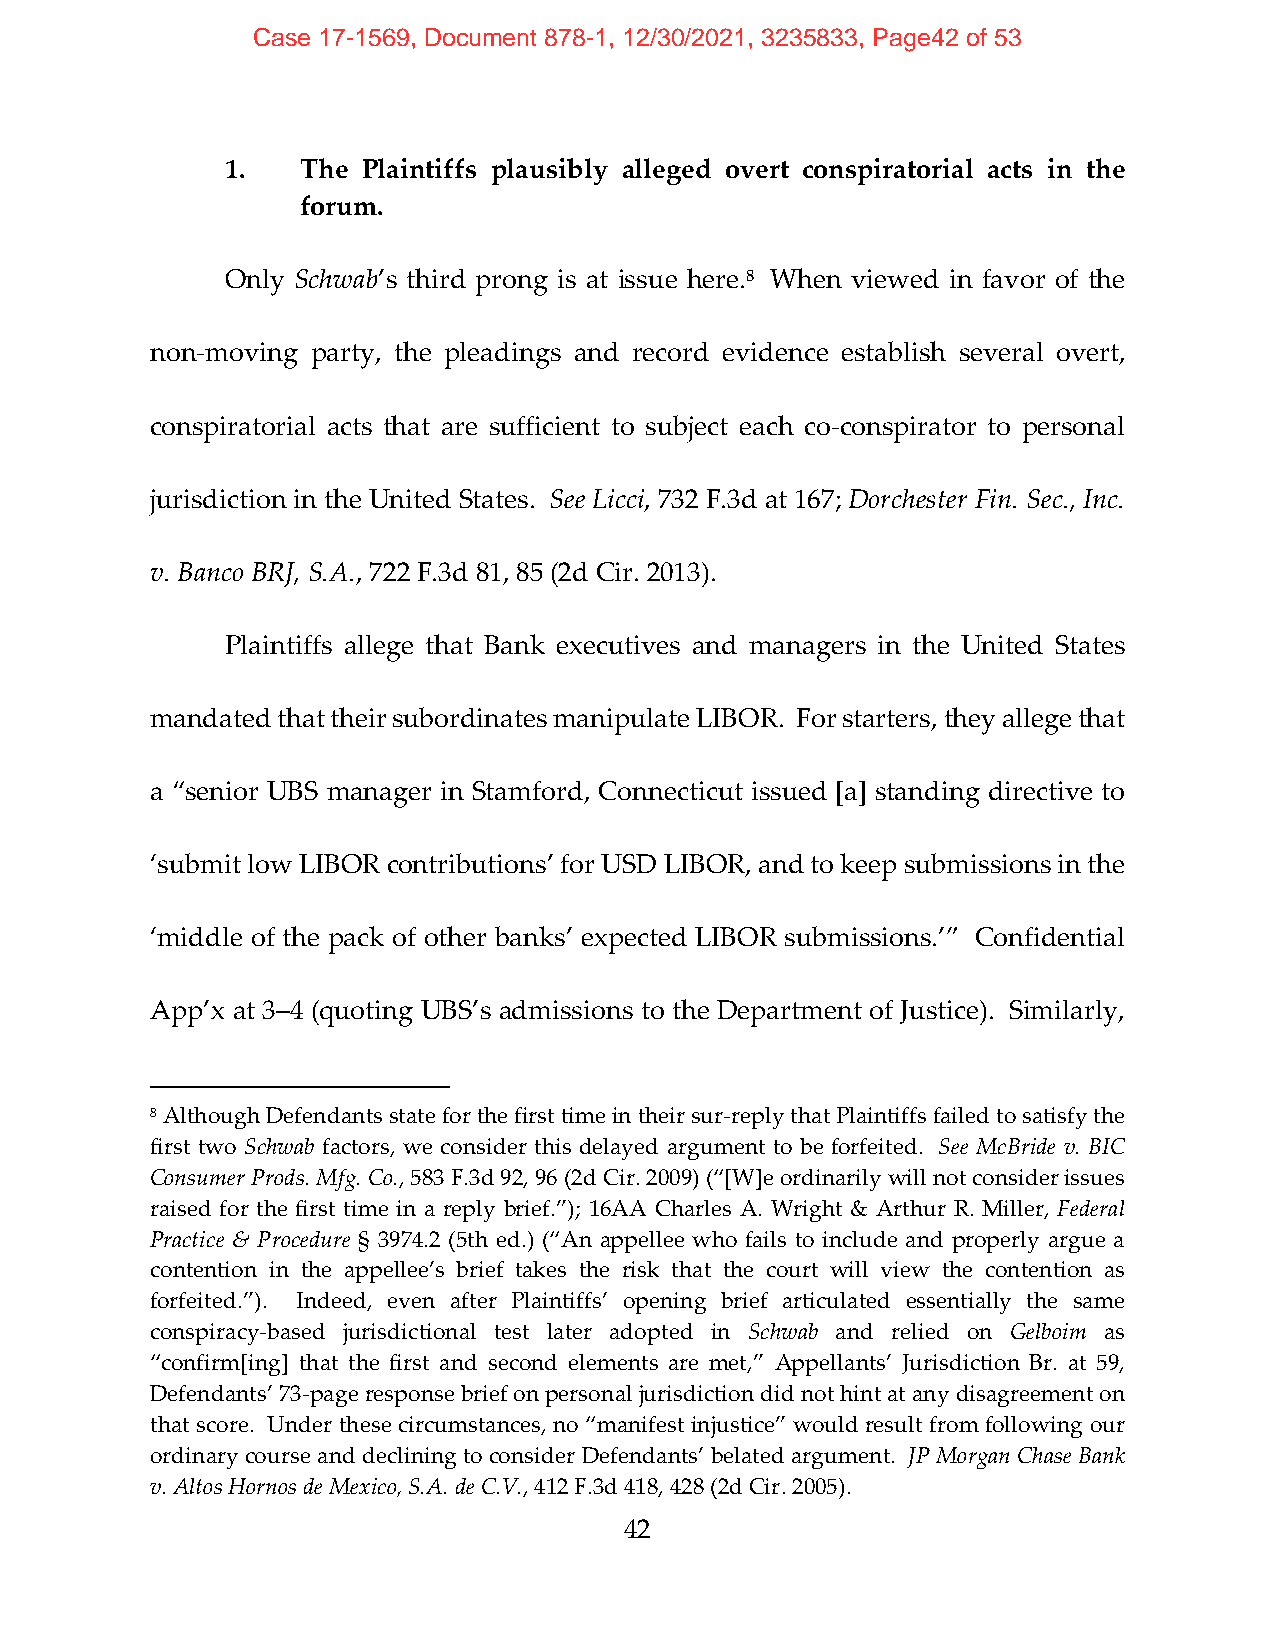
Case 17-1569, Document 878-1, 12/30/2021, 3235833, Page42 of 53
 1.   The Plaintiffs plausibly alleged overt conspiratorial acts in the
 forum.
 Only Schwab’s third prong is at issue here.8 When viewed in favor of the
 non‐moving party, the pleadings and record evidence establish several overt,
 conspiratorial acts that are sufficient to subject each co‐conspirator to personal
 jurisdiction in the United States. See Licci, 732 F.3d at 167; Dorchester Fin. Sec., Inc.
 v. Banco BRJ, S.A., 722 F.3d 81, 85 (2d Cir. 2013).
 Plaintiffs allege that Bank executives and managers in the United States
 mandated that their subordinates manipulate LIBOR. For starters, they allege that
 a “senior UBS manager in Stamford, Connecticut issued [a] standing directive to
 ‘submit low LIBOR contributions’ for USD LIBOR, and to keep submissions in the
 ‘middle of the pack of other banks’ expected LIBOR submissions.’” Confidential
 App’x at 3–4 (quoting UBS’s admissions to the Department of Justice). Similarly,
 8 Although Defendants state for the first time in their sur‐reply that Plaintiffs failed to satisfy the
 first two Schwab factors, we consider this delayed argument to be forfeited. See McBride v. BIC
 Consumer Prods. Mfg. Co., 583 F.3d 92, 96 (2d Cir. 2009) (“[W]e ordinarily will not consider issues
 raised for the first time in a reply brief.”); 16AA Charles A. Wright & Arthur R. Miller, Federal
 Practice & Procedure § 3974.2 (5th ed.) (“An appellee who fails to include and properly argue a
 contention in the appellee’s brief takes the risk that the court will view the contention as
 forfeited.”). Indeed, even after Plaintiffs’ opening brief articulated essentially the same
 conspiracy‐based jurisdictional test later adopted in Schwab and relied on Gelboim as
 “confirm[ing] that the first and second elements are met,” Appellants’ Jurisdiction Br. at 59,
 Defendants’ 73‐page response brief on personal jurisdiction did not hint at any disagreement on
 that score. Under these circumstances, no “manifest injustice” would result from following our
 ordinary course and declining to consider Defendants’ belated argument. JP Morgan Chase Bank
 v. Altos Hornos de Mexico, S.A. de C.V., 412 F.3d 418, 428 (2d Cir. 2005).
 42